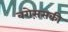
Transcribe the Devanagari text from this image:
बरोस़सकी